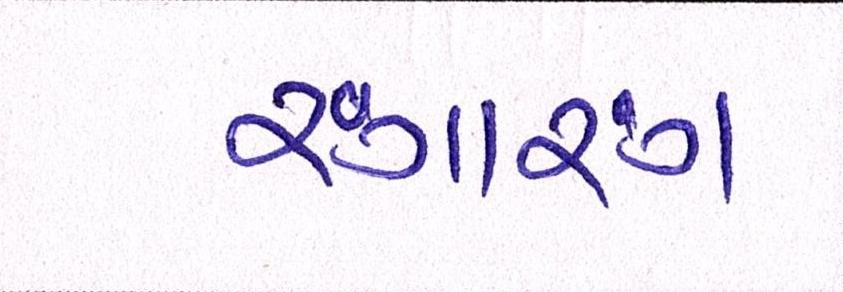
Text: રંગારંગ